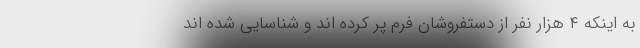
به اینکه ۴ هزار نفر از دستفروشان فرم پر کرده اند و شناسایی شده اند